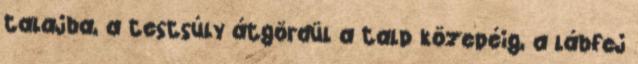
talajba, a testsúly átgördül a talp közepéig, a lábfej